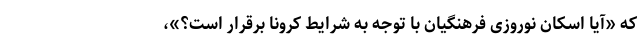
که «آیا اسکان نوروزی فرهنگیان با توجه به شرایط کرونا برقرار است؟»،